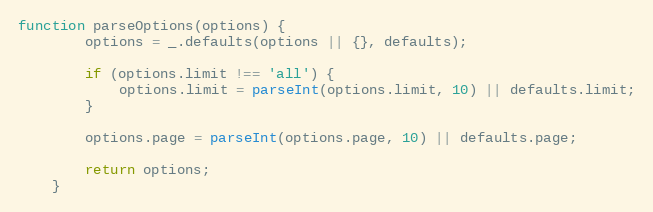
Language: JavaScript
function parseOptions(options) {
        options = _.defaults(options || {}, defaults);

        if (options.limit !== 'all') {
            options.limit = parseInt(options.limit, 10) || defaults.limit;
        }

        options.page = parseInt(options.page, 10) || defaults.page;

        return options;
    }